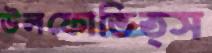
উলফোভিত্স